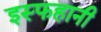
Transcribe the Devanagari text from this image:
इस्फहानी